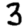
Digit: 3